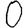
Digit: 0